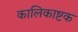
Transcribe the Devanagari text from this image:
कालिकाष्टक